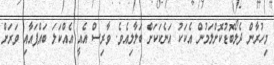
މިހުރާން ދެލޯބޮޑުކޮށްލަމުން އެކަކު އަނެކަކަށް ބަލާލިއެވެ. ވާރިސް އެއީ އެއްކަލަ ބައްޕައާއި ވަރަށް